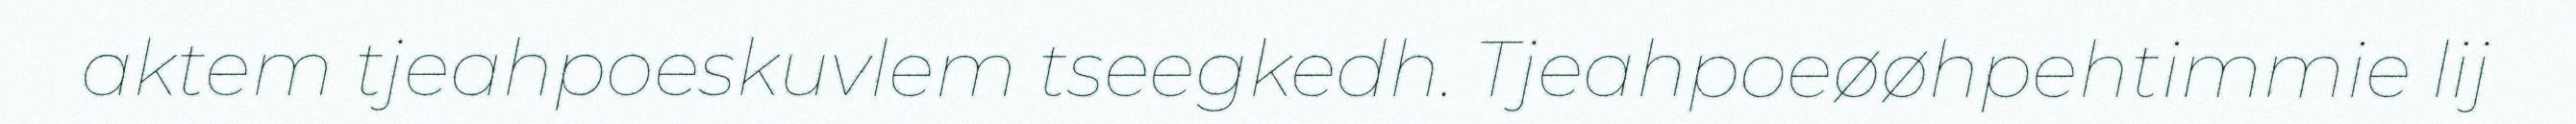
aktem tjeahpoeskuvlem tseegkedh. Tjeahpoeøøhpehtimmie lij